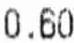
0.60